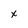
Character: x